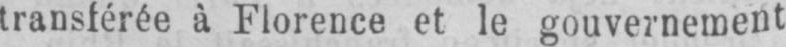
transférée à Florence et le gouvernement